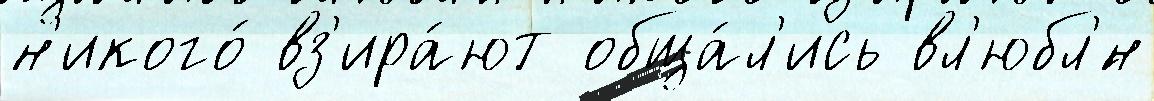
н'икого́ вз'ира́ют обща́л'ись вл'юбл'́н